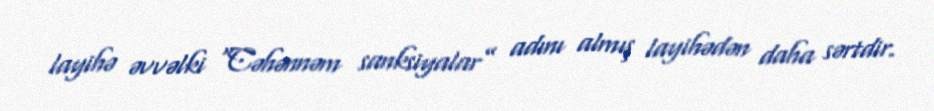
layihə əvvəlki “Cəhənnəm sanksiyalar” adını almış layihədən daha sərtdir.